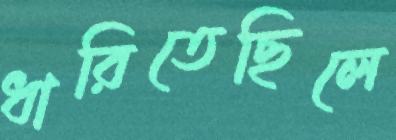
ধারিতেছিলে